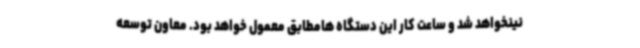
نینخواهد شد و ساعت کار این دستگاه هامطابق معمول خواهد بود. معاون توسعه